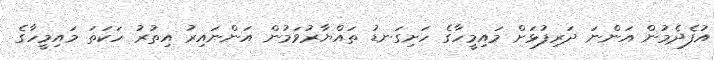
އުފެދެމުން އަންނަ ދަރިފުޅަށް މައިމީހާގެ ހަށިގަނޑު ތައްޔާރުވަމުން އަންނައިރު އިތުރު ހަކަތަ މައިމީހާގެ